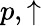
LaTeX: p,\uparrow